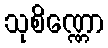
သုစိဏ္ဏော